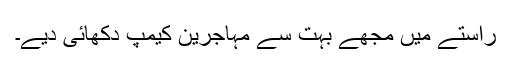
راستے میں مجھے بہت سے مہاجرین کیمپ دکھائی دیے۔